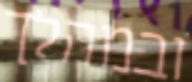
ובמהלך